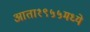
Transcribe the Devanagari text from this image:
आता१९५५मध्ये